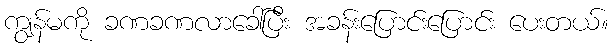
ကျွန်မကို ခဏခဏလာခေါ်ပြီး အခန်းပြောင်းပြောင်း ပေးတယ်။